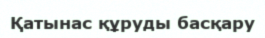
Қатынас құруды басқару